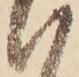
い